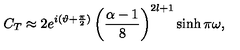
C _ { T } \approx 2 e ^ { i ( \vartheta + \frac { \pi } { 2 } ) } \left( \frac { \alpha - 1 } { 8 } \right) ^ { 2 l + 1 } \sinh \pi \omega ,